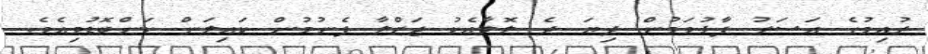
ރުއިމުގެ އަސަރު ފާޅުވަމުން ދިޔަ ދެ ލޮލާއެކު ޖަޒްލާ ފެނުމުން ކައިލަން ކަންބޮޑުވިއެވެ.